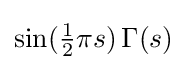
\sin({\tfrac {1}{2}}\pi s)\,\Gamma (s)